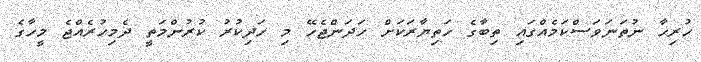
ހުރިހާ ނުތަނަވަސްކަމެއްގައި ތިބާގެ ހަތިޔާރަކަށް ހަދަންޖެހޭ މި ހަޛިކުރު ކުރުންމަތީ ދެމިހުރެއްޖެ މީހާގެ